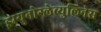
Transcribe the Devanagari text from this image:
इम्युनोग्लेब्युलिनेस